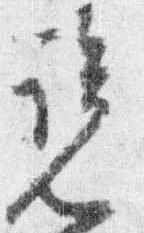
覧